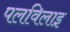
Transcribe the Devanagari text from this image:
पलविलाइ